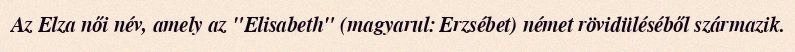
Az Elza női név, amely az "Elisabeth" (magyarul: Erzsébet) német rövidüléséből származik.